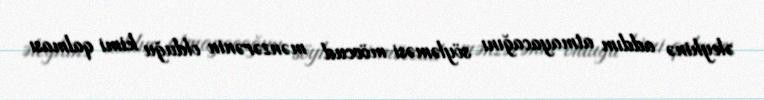
əleyhinə addım atmayacağını söyləməsi mövcud mənzərənin olduğu kimi qalması